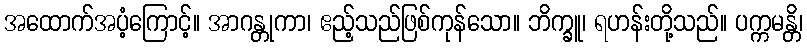
အထောက်အပံ့ကြောင့်။ အာဂန္တုကာ၊ ဧည့်သည်ဖြစ်ကုန်သော။ ဘိက္ခူ၊ ရဟန်းတို့သည်။ ပက္ကမန္တိ၊